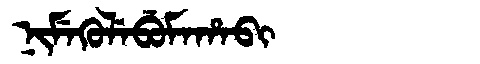
Manchu: ᠨᡳᠮᡝᡴᡠᠯᡝᠪᡠᠮᠠᡥᠠᠪᡳ
Romanization: NIMEKULEBUMAHABI